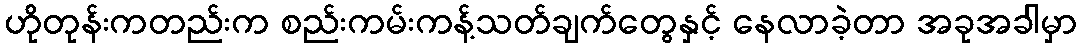
ဟိုတုန်းကတည်းက စည်းကမ်းကန့်သတ်ချက်တွေနှင့် နေလာခဲ့တာ အခုအခါမှာ